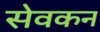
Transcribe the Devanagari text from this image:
सेवकन